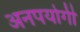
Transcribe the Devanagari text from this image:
अनपयोगी